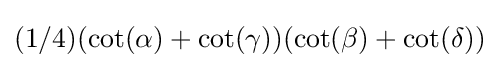
(1/4)(\cot(\alpha )+\cot(\gamma ))(\cot(\beta )+\cot(\delta ))